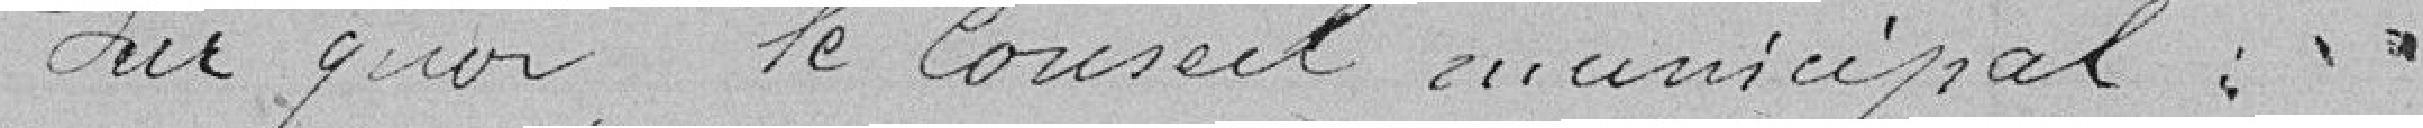
Sur quoi, le Conseil municipal,